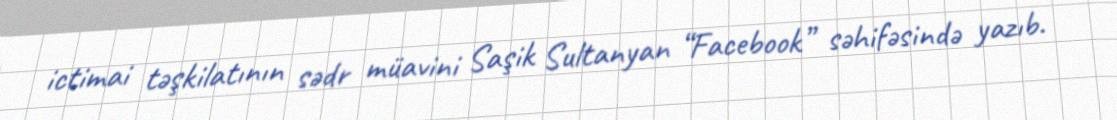
ictimai təşkilatının sədr müavini Saşik Sultanyan “Facebook” səhifəsində yazıb.